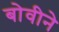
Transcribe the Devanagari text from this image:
बोवीने